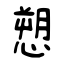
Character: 愬